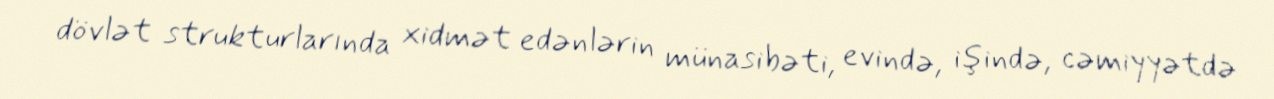
dövlət strukturlarında xidmət edənlərin münasibəti, evində, işində, cəmiyyətdə